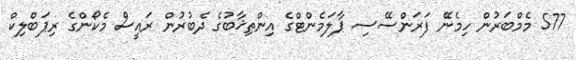
577 މެމްބަރުން ހިމެނޭ ފަރަންސޭސި ޕާލަމެންޓްގެ އިންތިޚާބުގެ ދެބުރުން ރައީސް މެކޯންގެ ރިޕަބްލިކް